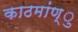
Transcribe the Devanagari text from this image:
काठमांण्ु